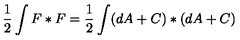
{ \frac { 1 } { 2 } } \int F * F = { \frac { 1 } { 2 } } \int ( d A + C ) * ( d A + C )